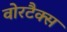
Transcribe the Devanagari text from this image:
वोरटैक्स